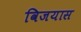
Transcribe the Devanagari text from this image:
विजयास